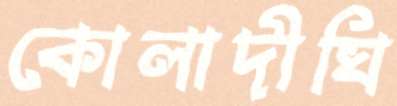
কোলাদীঘি